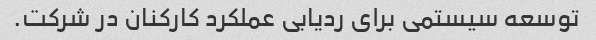
توسعه سیستمی برای ردیابی عملکرد کارکنان در شرکت.